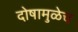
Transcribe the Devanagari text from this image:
दोषामुळेच